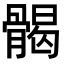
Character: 𩩲